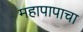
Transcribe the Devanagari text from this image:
महापापाचा